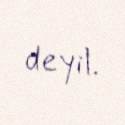
deyil.